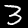
Label: 3